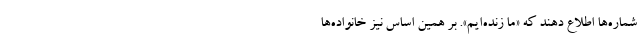
شماره‌ها اطلاع دهند که «ما زنده‌ایم». بر همین اساس نیز خانواده‌ها